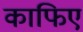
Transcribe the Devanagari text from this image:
काफिए